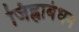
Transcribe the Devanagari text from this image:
जिह्वाबंधन